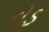
દોડ